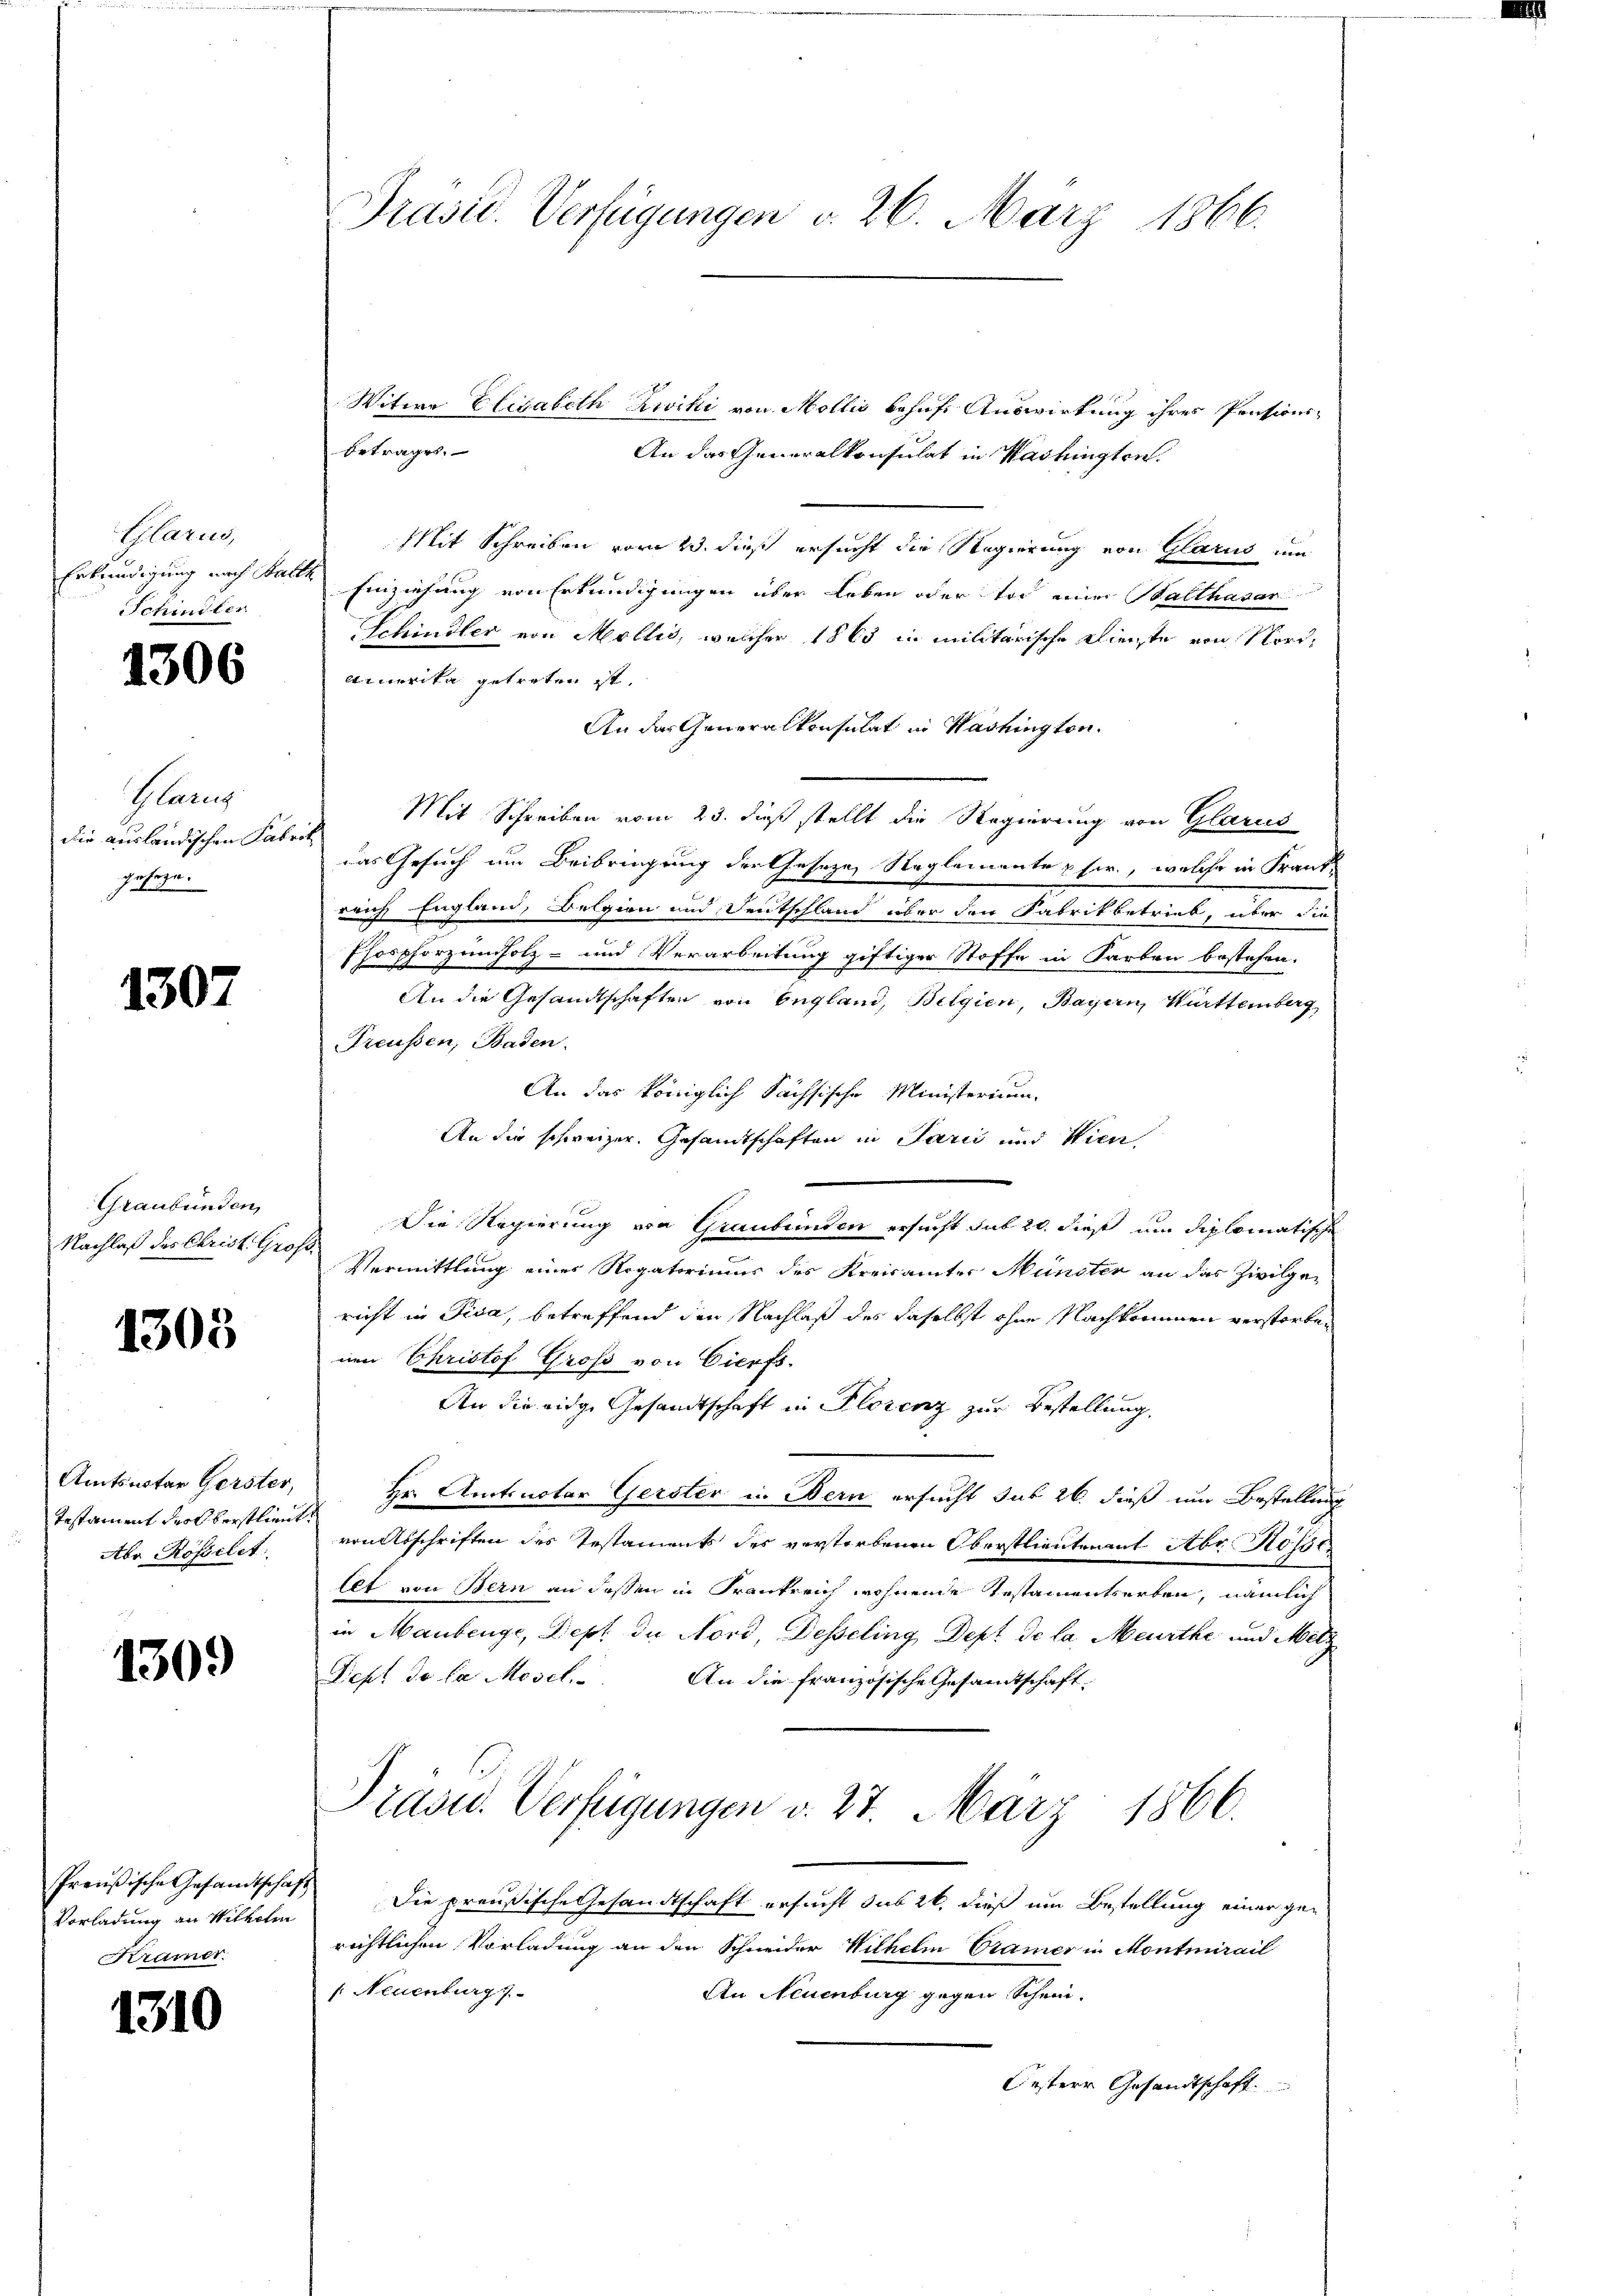
Glarus
chindler

1306

Glarus
die ausländischen Fabri
gesage.

1307

Graubünden
Nachlaß des Christ. Grof

1303

Amtsnotar Gerster,
Testament drol verstlieut
Abo Rossilet.

1309

Preußische Gesandtschaf
Vorladung an Wilhelm
Kramer.

1310

Präsid. Verfügungen d. 26. März 1866.

Witwe Elegaleth Zwicki von Mollis behuf Auswirkung ihres Pensions¬
Betrages.
An das Generalkonsulat in Washingten.
Mit Schreiben vom 23. dieß ersucht die Regierung von Glarus um
Erkundigung nach Falle Einziehung von Erkundigungen über Leben oder Tod einer Balthasan
Schindler von Mollis, welcher 1863 in militarische Dienste von Nord¬
Ainerika getreten ist.
An das Generalkonsulat in Hashingten.
Mit Schreiben vom 23. dieß stellt die Regierung von Glarus
das Gesuch um Beibringung der Geseze Reglemente u. fr., welche in Frantreich England, Belgion und Deutschland über den Fabrikbetrieb, über die
Pforphorzundholz- und Verarbeitung giftiger Stoffe in Farben bestehen.
An die Gesandtschaften von England, Belgien, Bayern, Württemberg
Preußen, Baden.
An das königlich Sächsische Ministerium
An die schweizer. Gesandtschaften in Panić und Wien
Die Regierung von Graubünden ersucht sub 20. dieß um diplomatische
Vermittlung eines Rogatoriums des Kreisamtes Münster an das Zivilge-
richt in Fisa, betreffend den Nachlaß des daselbst ohne Nachkommen verstorbenen Christof Gross von Gierfs.
An die eidge Gesandtschaft in Plorenz zur Bestellung
Hr. Amtsnotar Gerster in Bern ersucht sub 26. dieß um Bestellung
venabschriften des Testaments des verstorbenen Oberstlieutenant Abr. Kösse
llt von Bern an dessen in Frankreich wohnende Testamentserben, nämlich
in Maubenge, Dept de Nord, Desseling Dept de la Meurthe und Metz
Dept de la Mosel. An die französische Gesamtschaft.
Präsid. Verfügungen d. 27. März 1866.
Die preußische Gesandtschaft ersucht das 2t dieß um Bestellung einer gen
richtlichen Vorladung an den Schneider Wilhelm Cramer in Montmirail
f: Neuenburg
An Neuenburg gegen Schein.
Oesterr Gesandtschaft